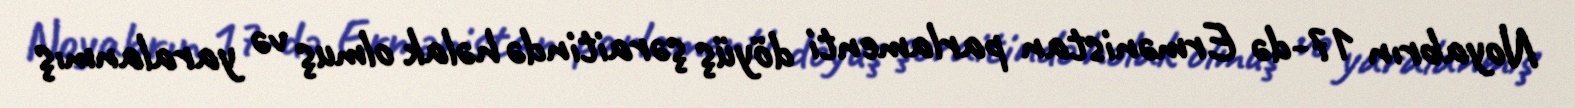
Noyabrın 17-də Ermənistan parlamenti döyüş şəraitində həlak olmuş və yaralanmış